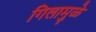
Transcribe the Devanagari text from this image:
गिलामुळे